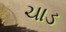
ચાડ